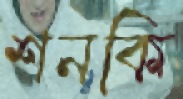
শনকি